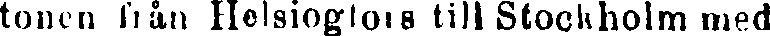
tonen från Helsingfors till Stockholm med